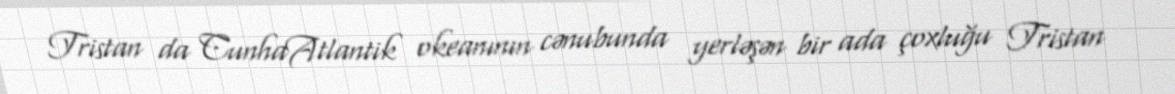
Tristan da CunhaAtlantik okeanının cənubunda yerləşən bir ada çoxluğu Tristan